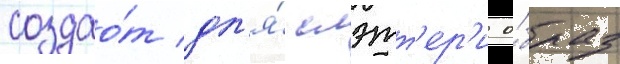
создао́т дл'я́ слэтт'ер'и о́браз